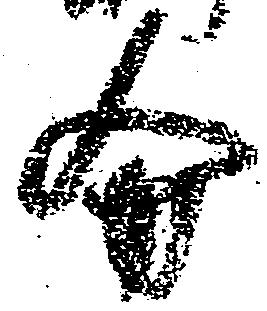
分